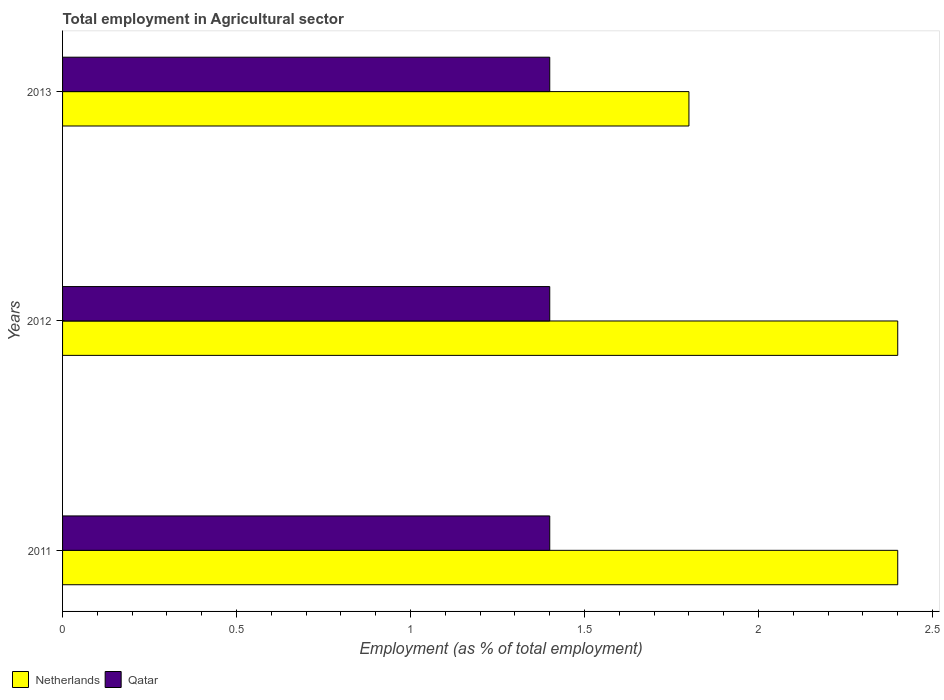
| Years | Netherlands | Qatar |
 | --- | --- | --- |
 | 2011 | 2.4 | 1.4 |
 | 2012 | 2.4 | 1.4 |
 | 2013 | 1.8 | 1.4 |